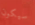
سيكون